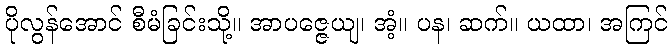
ပိုလွန်အောင် စီမံခြင်းသို့။ အာပဇ္ဇေယျ၊ အံ့။ ပန၊ ဆက်။ ယထာ၊ အကြင်